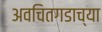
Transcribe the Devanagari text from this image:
अवचितगडाच्या